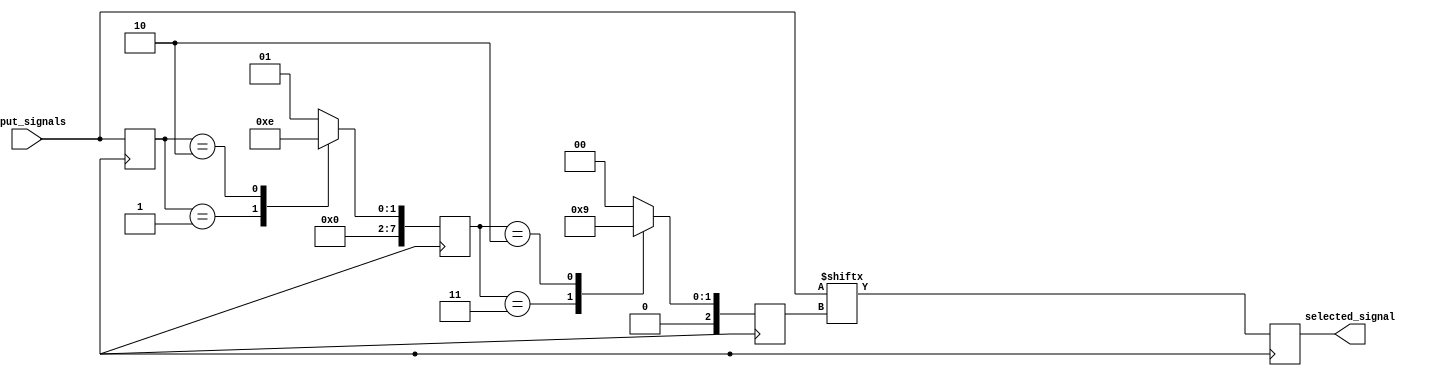
module weighted_arbiter (
    input wire [7:0] input_signals,
    output wire selected_signal
);

reg [7:0] weights;
reg [2:0] priority;
reg [7:0] synchronized_signals;

always @(posedge clk) begin
    // Synchronization block
    synchronized_signals <= input_signals;

    // Weighted arbiter logic
    case(synchronized_signals)
        8'b00000001: weights <= 3; // Assign weight based on predetermined criteria
        8'b00000010: weights <= 2;
        default: weights <= 1;
    endcase
    
    // Determine highest priority input
    case(weights)
        3: priority <= 2;
        2: priority <= 1;
        default: priority <= 0;
    endcase
    
    selected_signal <= input_signals[priority];
end

endmodule